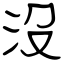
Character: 沒